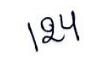
124